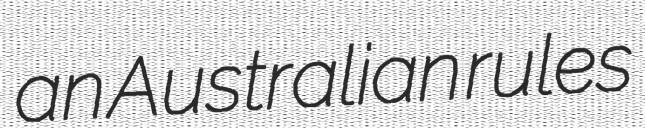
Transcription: an Australian rules